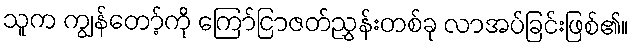
သူက ကျွန်တော့်ကို ကြော်ငြာဇတ်ညွှန်းတစ်ခု လာအပ်ခြင်းဖြစ်၏။